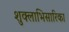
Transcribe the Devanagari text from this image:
शुक्लाभिसारिका